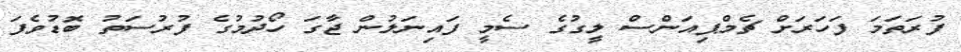
ފުރަތަމަ ފަހަރަށް ޗެމްޕިއަންސް ލީގުގެ ސެމީ ފައިނަލުން ޖާގަ ހޯދުމުގެ ފުރުސަތު ބޮޑުވެފަ